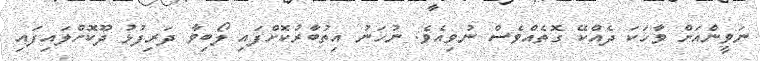
ނަވީންއަށް ވާހަކަ ދެއްކޭ ގޮތެއްވެސް ނުވިއެވެ. ނުހަނު އިތުބާރުކޮށްފައި ލޯބިވާ ދަރިފުޅު ދޫކޮށްލައިފައި